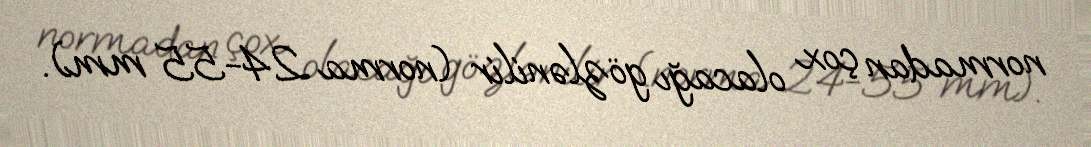
normadan çox olacağı gözlənilir (norma 24-55 mm).